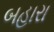
બહારા